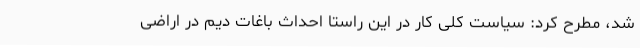
شد، مطرح کرد: سیاست کلی کار در این راستا احداث باغات دیم در اراضی